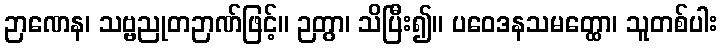
ဉာဏေန၊ သဗ္ဗညုတဉာဏ်ဖြင့်။ ဉတွာ၊ သိပြီး၍။ ပဝေဒနသမတ္ထော၊ သူတစ်ပါး